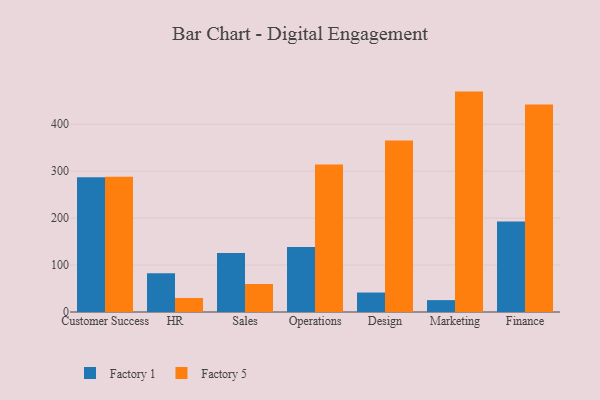
{"axis": {"x": "Department", "y": "Satisfaction Score"}, "legend": ["Factory 1", "Factory 5"], "data": [{"x": "Customer Success", "y": 287.0, "type": "Factory 1"}, {"x": "Customer Success", "y": 287.9, "type": "Factory 5"}, {"x": "HR", "y": 82.4, "type": "Factory 1"}, {"x": "HR", "y": 29.9, "type": "Factory 5"}, {"x": "Sales", "y": 125.9, "type": "Factory 1"}, {"x": "Sales", "y": 59.7, "type": "Factory 5"}, {"x": "Operations", "y": 138.6, "type": "Factory 1"}, {"x": "Operations", "y": 314.3, "type": "Factory 5"}, {"x": "Design", "y": 41.5, "type": "Factory 1"}, {"x": "Design", "y": 365.3, "type": "Factory 5"}, {"x": "Marketing", "y": 25.3, "type": "Factory 1"}, {"x": "Marketing", "y": 469.5, "type": "Factory 5"}, {"x": "Finance", "y": 193.0, "type": "Factory 1"}, {"x": "Finance", "y": 442.1, "type": "Factory 5"}]}